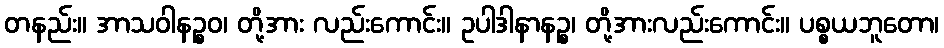
တနည်း။ အာသဝါနဉ္စဝ၊ တို့အား လည်းကောင်း။ ဥပါဒါနာနဉ္စ၊ တို့အားလည်းကောင်း။ ပစ္စယဘူတော၊